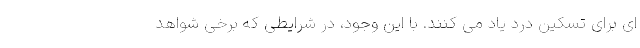
ای برای تسکین درد یاد می کنند. با این وجود، در شرایطی که برخی شواهد